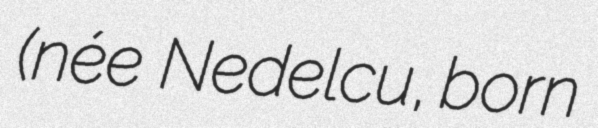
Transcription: (née  Nedelcu, born